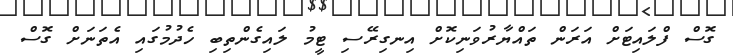
ގޮސް ފްލައިޓަށް އަރަން ތައްޔާރުވަނިކޮށް އިނގިރޭސި ޓީމު ލައިގެންތިބި ހެދުމުގައި އެތަނަށް ގޮސް